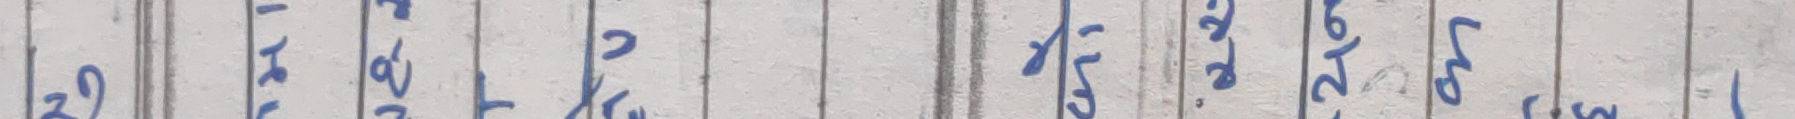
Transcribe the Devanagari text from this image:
३ ८ ४ ७ २ ५ ६ ९ ५ ३ ।